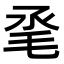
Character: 𣬻